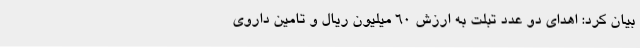
بیان کرد: اهدای دو عدد تبلت به ارزش 60 میلیون ریال و تامین داروی